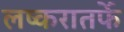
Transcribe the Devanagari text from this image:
लष्करातर्फे